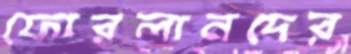
ফোরলানদের